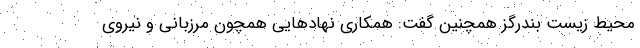
محیط زیست بندرگز همچنین گفت: همکاری نهادهایی همچون مرزبانی و نیروی